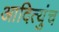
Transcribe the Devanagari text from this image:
आदित्युंच